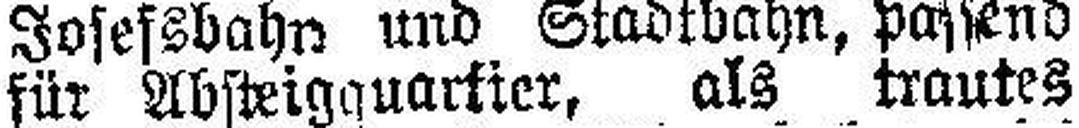
für Absteigquartier, als trautes